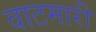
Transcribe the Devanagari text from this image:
वाटमारी